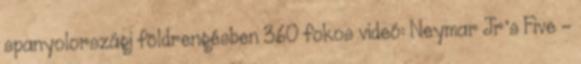
spanyolországi földrengésben 360 fokos videó: Neymar Jr’s Five –